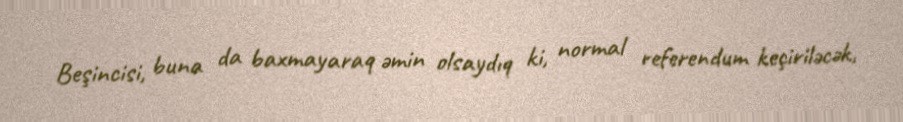
Beşincisi, buna da baxmayaraq əmin olsaydıq ki, normal referendum keçiriləcək,